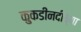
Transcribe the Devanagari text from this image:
कुकडीनदीच्या